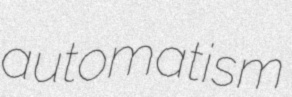
automatism